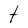
Character: t